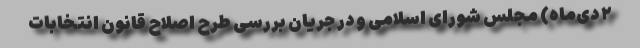
۲ دی‌ماه) مجلس شورای اسلامی و در جریان بررسی طرح اصلاح قانون انتخابات